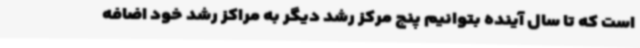
است که تا سال آینده بتوانیم پنج مرکز رشد دیگر به مراکز رشد خود اضافه